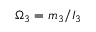
\Omega _ { 3 } = m _ { 3 } / I _ { 3 }